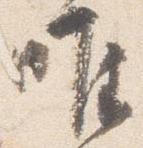
唯